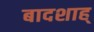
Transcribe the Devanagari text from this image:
बादशाह्